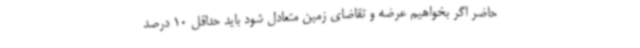
حاضر اگر بخواهیم عرضه و تقاضای زمین متعادل شود باید حداقل 10 درصد